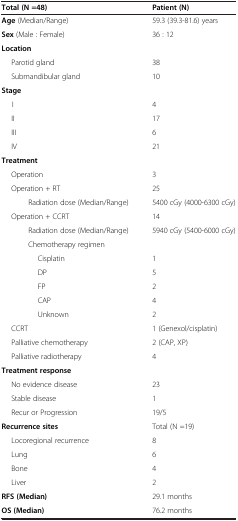
<table><thead><tr><td colspan="2"><b>Total (N =48)</b></td><td><b>Patient (N)</b></td></tr></thead><tbody><tr><td colspan="2"><b>Age</b> (Median/Range)</td><td>59.3 (39.3-81.6) years</td></tr><tr><td colspan="2"><b>Sex</b> (Male : Female)</td><td>36 : 12</td></tr><tr><td colspan="3"><b>Location</b></td></tr><tr><td colspan="2">Parotid gland</td><td>38</td></tr><tr><td colspan="2">Submandibular gland</td><td>10</td></tr><tr><td colspan="3"><b>Stage</b></td></tr><tr><td colspan="2">I</td><td>4</td></tr><tr><td colspan="2">II</td><td>17</td></tr><tr><td colspan="2">III</td><td>6</td></tr><tr><td colspan="2">IV</td><td>21</td></tr><tr><td colspan="3"><b>Treatment</b></td></tr><tr><td colspan="2">Operation</td><td>3</td></tr><tr><td colspan="2">Operation + RT</td><td>25</td></tr><tr><td></td><td>Radiation dose (Median/Range)</td><td>5400 cGy (4000-6300 cGy)</td></tr><tr><td colspan="2">Operation + CCRT</td><td>14</td></tr><tr><td></td><td>Radiation dose (Median/Range)</td><td>5940 cGy (5400-6000 cGy)</td></tr><tr><td></td><td>Chemotherapy regimen</td><td></td></tr><tr><td></td><td>Cisplatin</td><td>1</td></tr><tr><td></td><td>DP</td><td>5</td></tr><tr><td></td><td>FP</td><td>2</td></tr><tr><td></td><td>CAP</td><td>4</td></tr><tr><td></td><td>Unknown</td><td>2</td></tr><tr><td colspan="2">CCRT</td><td>1 (Genexol/cisplatin)</td></tr><tr><td colspan="2">Palliative chemotherapy</td><td>2 (CAP, XP)</td></tr><tr><td colspan="2">Palliative radiotherapy</td><td>4</td></tr><tr><td colspan="3"><b>Treatment response</b></td></tr><tr><td colspan="2">No evidence disease</td><td>23</td></tr><tr><td colspan="2">Stable disease</td><td>1</td></tr><tr><td colspan="2">Recur or Progression</td><td>19/5</td></tr><tr><td colspan="2"><b>Recurrence sites</b></td><td>Total (N =19)</td></tr><tr><td colspan="2">Locoregional recurrence</td><td>8</td></tr><tr><td colspan="2">Lung</td><td>6</td></tr><tr><td colspan="2">Bone</td><td>4</td></tr><tr><td colspan="2">Liver</td><td>2</td></tr><tr><td colspan="2"><b>RFS (Median)</b></td><td>29.1 months</td></tr><tr><td colspan="2"><b>OS (Median)</b></td><td>76.2 months</td></tr></tbody></table>